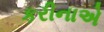
કરીનાએ